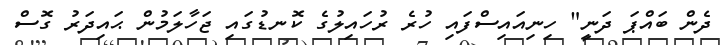
ދެން ބައްޕަ ދަނީ" ހިނިއައިސްފައި ހުރެ ރުހައިލުގެ ކޮނޑުގައި ޖަހާލަމުން ޙައިދަރު ގޮސް